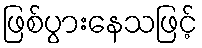
ဖြစ်ပွားနေသဖြင့်